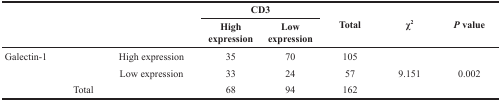
| <ROWSPAN=2>  | <ROWSPAN=2>  | <ROWSPAN=2>  | <COLSPAN=2> CD3 | <ROWSPAN=2> Total | <ROWSPAN=2> χ2 | <ROWSPAN=2> P value |
 | High expression | Low expression |
 | --- | --- | --- | --- | --- | --- | --- | --- |
 | Galectin-1 |  | High expression | 35 | 70 | 105 |  |  |
 |  |  | Low expression | 33 | 24 | 57 | 9.151 | 0.002 |
 |  | Total |  | 68 | 94 | 162 |  |  |